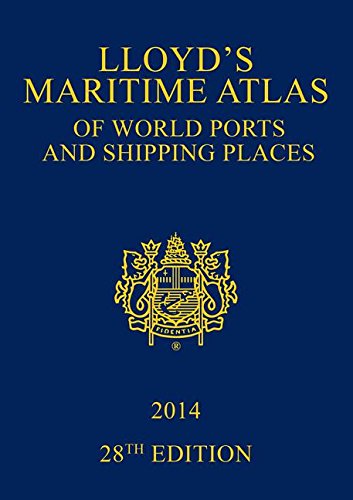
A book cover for Lloyd's Maritime Atlas of World Ports and Shipping Places 2014; Law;